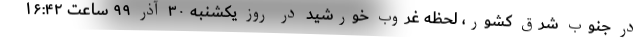
در جنوب شرق کشور، لحظه غروب خورشید در روز یکشنبه ۳۰ آذر ۹۹ ساعت ۱۶:۴۲